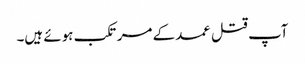
آپ قتل عمد کے مرتکب ہوئے ہیں۔